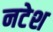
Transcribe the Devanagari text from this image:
नटेश